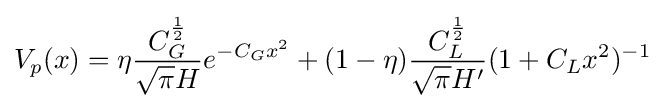
V_{p}(x)=\eta {\frac {C_{G}^{\frac {1}{2}}}{{\sqrt {\pi }}H}}e^{-C_{G}x^{2}}+(1-\eta ){\frac {C_{L}^{\frac {1}{2}}}{{\sqrt {\pi }}H'}}(1+C_{L}x^{2})^{-1}